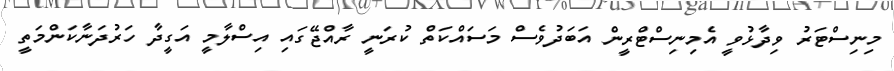
މިނިސްޓަރު ވިދާޅުވީ އެމިނިސްޓްރީން އަބަދުވެސް މަސައްކަތް ކުރަނީ ރާއްޖޭގައި އިސްލާމީ އަގީދާ ހަރުދަނާކަންމަތީ